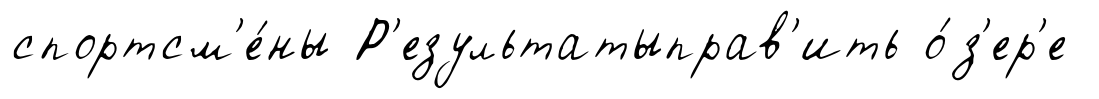
спортсм'е́ны Р'езультатыправ'ить о́з'ер'е